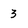
Character: 3